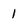
Character: 1